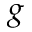
g